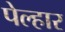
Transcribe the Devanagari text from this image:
पेल्हार